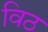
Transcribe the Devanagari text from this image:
विठ